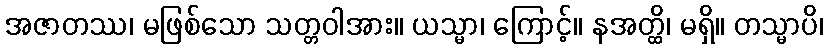
အဇာတဿ၊ မဖြစ်သော သတ္တဝါအား။ ယသ္မာ၊ ကြောင့်။ နအတ္ထိ၊ မရှိ။ တသ္မာပိ၊